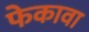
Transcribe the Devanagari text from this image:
फेकावा